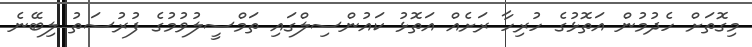
މިގޮތަށް ހެދުމުން އަތޮޅުގެ ހުރިހާ ރަށެއް އަތޮޅު ކައުންސިލްގައި ތަމްސީލުވުމުގެ ފުރުސަތު ލިބޭނެ